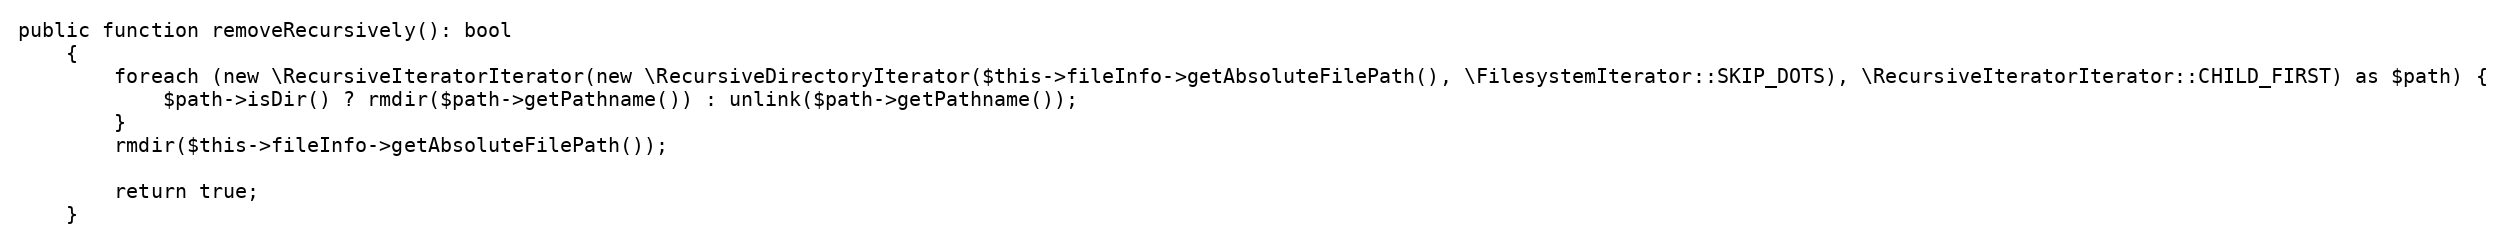
Language: PHP
public function removeRecursively(): bool
    {
        foreach (new \RecursiveIteratorIterator(new \RecursiveDirectoryIterator($this->fileInfo->getAbsoluteFilePath(), \FilesystemIterator::SKIP_DOTS), \RecursiveIteratorIterator::CHILD_FIRST) as $path) {
            $path->isDir() ? rmdir($path->getPathname()) : unlink($path->getPathname());
        }
        rmdir($this->fileInfo->getAbsoluteFilePath());

        return true;
    }